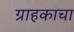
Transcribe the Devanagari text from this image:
ग्राहकाचा